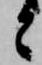
と